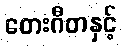
တေးဂီတနှင့်